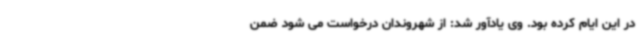
در این ایام کرده بود. وی یادآور شد: از شهروندان درخواست می شود ضمن